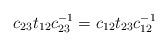
LaTeX: \begin{align*} c_{23}t_{12}c^{-1}_{23} =c_{12}t_{23}c_{12}^{-1} \end{align*}